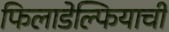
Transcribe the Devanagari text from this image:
फिलाडेल्फियाची